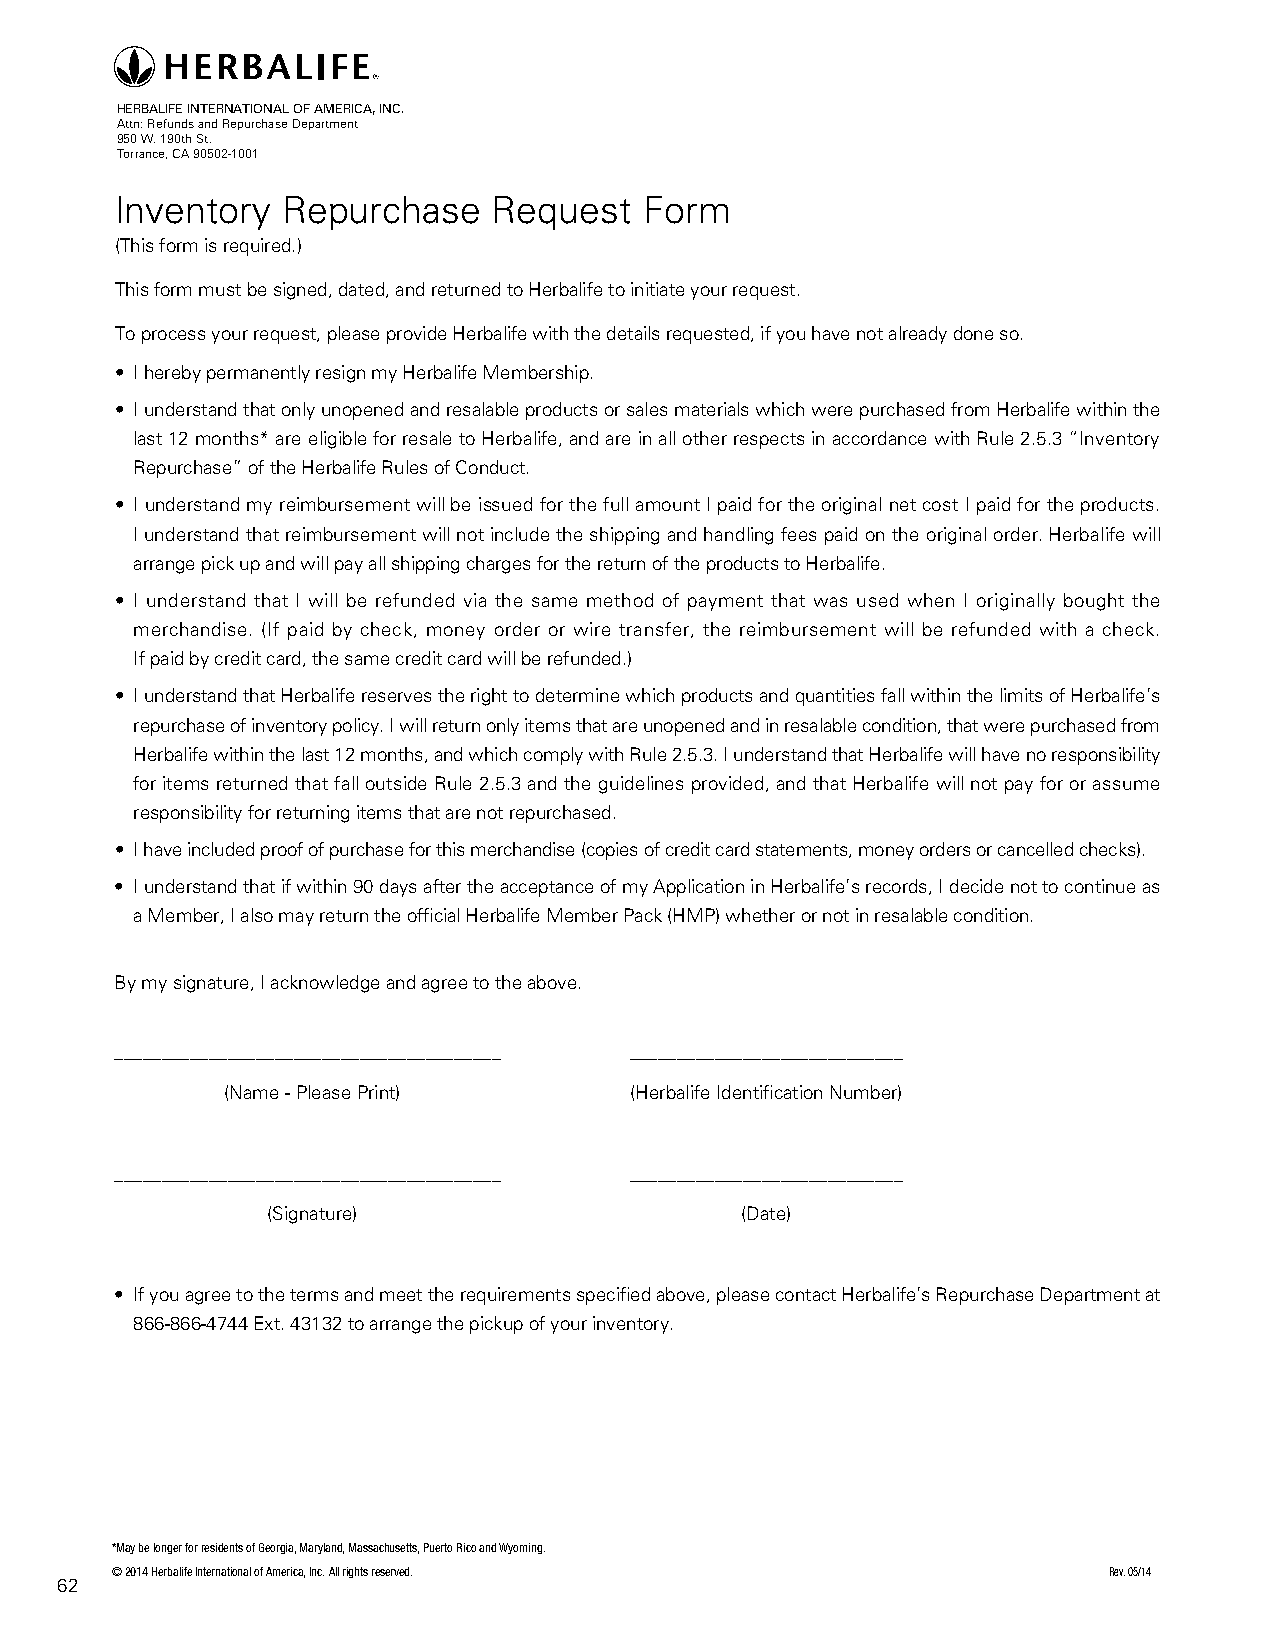
HERBALIFE INTERNATIONAL OF AMERICA, INC.
 Attn: Refunds and Repurchase Department
 950 W. 190th St.
 Torrance, CA 90502-1001
 Inventory  Repurchase    Request   Form
 (This form is required.)
 This form must be signed, dated, and returned to Herbalife to initiate your request.
 To process your request, please provide Herbalife with the details requested, if you have not already done so.
 • I hereby permanently resign my Herbalife Membership.
 • I understand that only unopened and resalable products or sales materials which were purchased from Herbalife within the
 last 12 months* are eligible for resale to Herbalife, and are in all other respects in accordance with Rule 2.5.3 “Inventory
 Repurchase” of the Herbalife Rules of Conduct.
 • I understand my reimbursement will be issued for the full amount I paid for the original net cost I paid for the products.
 I understand that reimbursement will not include the shipping and handling fees paid on the original order. Herbalife will
 arrange pick up and will pay all shipping charges for the return of the products to Herbalife.
 • I understand that I will be refunded via the same method of payment that was used when I originally bought the
 merchandise. (If paid by check, money order or wire transfer, the reimbursement will be refunded with a check.
 If paid by credit card, the same credit card will be refunded.)
 • I understand that Herbalife reserves the right to determine which products and quantities fall within the limits of Herbalife’s
 repurchase of inventory policy. I will return only items that are unopened and in resalable condition, that were purchased from
 Herbalife within the last 12 months, and which comply with Rule 2.5.3. I understand that Herbalife will have no responsibility
 for items returned that fall outside Rule 2.5.3 and the guidelines provided, and that Herbalife will not pay for or assume
 responsibility for returning items that are not repurchased.
 • I have included proof of purchase for this merchandise (copies of credit card statements, money orders or cancelled checks).
 • I understand that if within 90 days after the acceptance of my Application in Herbalife’s records, I decide not to continue as
 a Member, I also may return the official Herbalife Member Pack (HMP) whether or not in resalable condition.
 By my signature, I acknowledge and agree to the above.
 _________________________________________ _____________________________
 (Name - Please Print)      (Herbalife Identification Number)
 _________________________________________ _____________________________
 (Signature)                    (Date)
 • If you agree to the terms and meet the requirements specified above, please contact Herbalife’s Repurchase Department at
 866-866-4744 Ext. 43132 to arrange the pickup of your inventory.
 *May be longer for residents of Georgia, Maryland, Massachusetts, Puerto Rico and Wyoming.
 © 2014 Herbalife International of America, Inc. All rights reserved. Rev. 05/14
 62